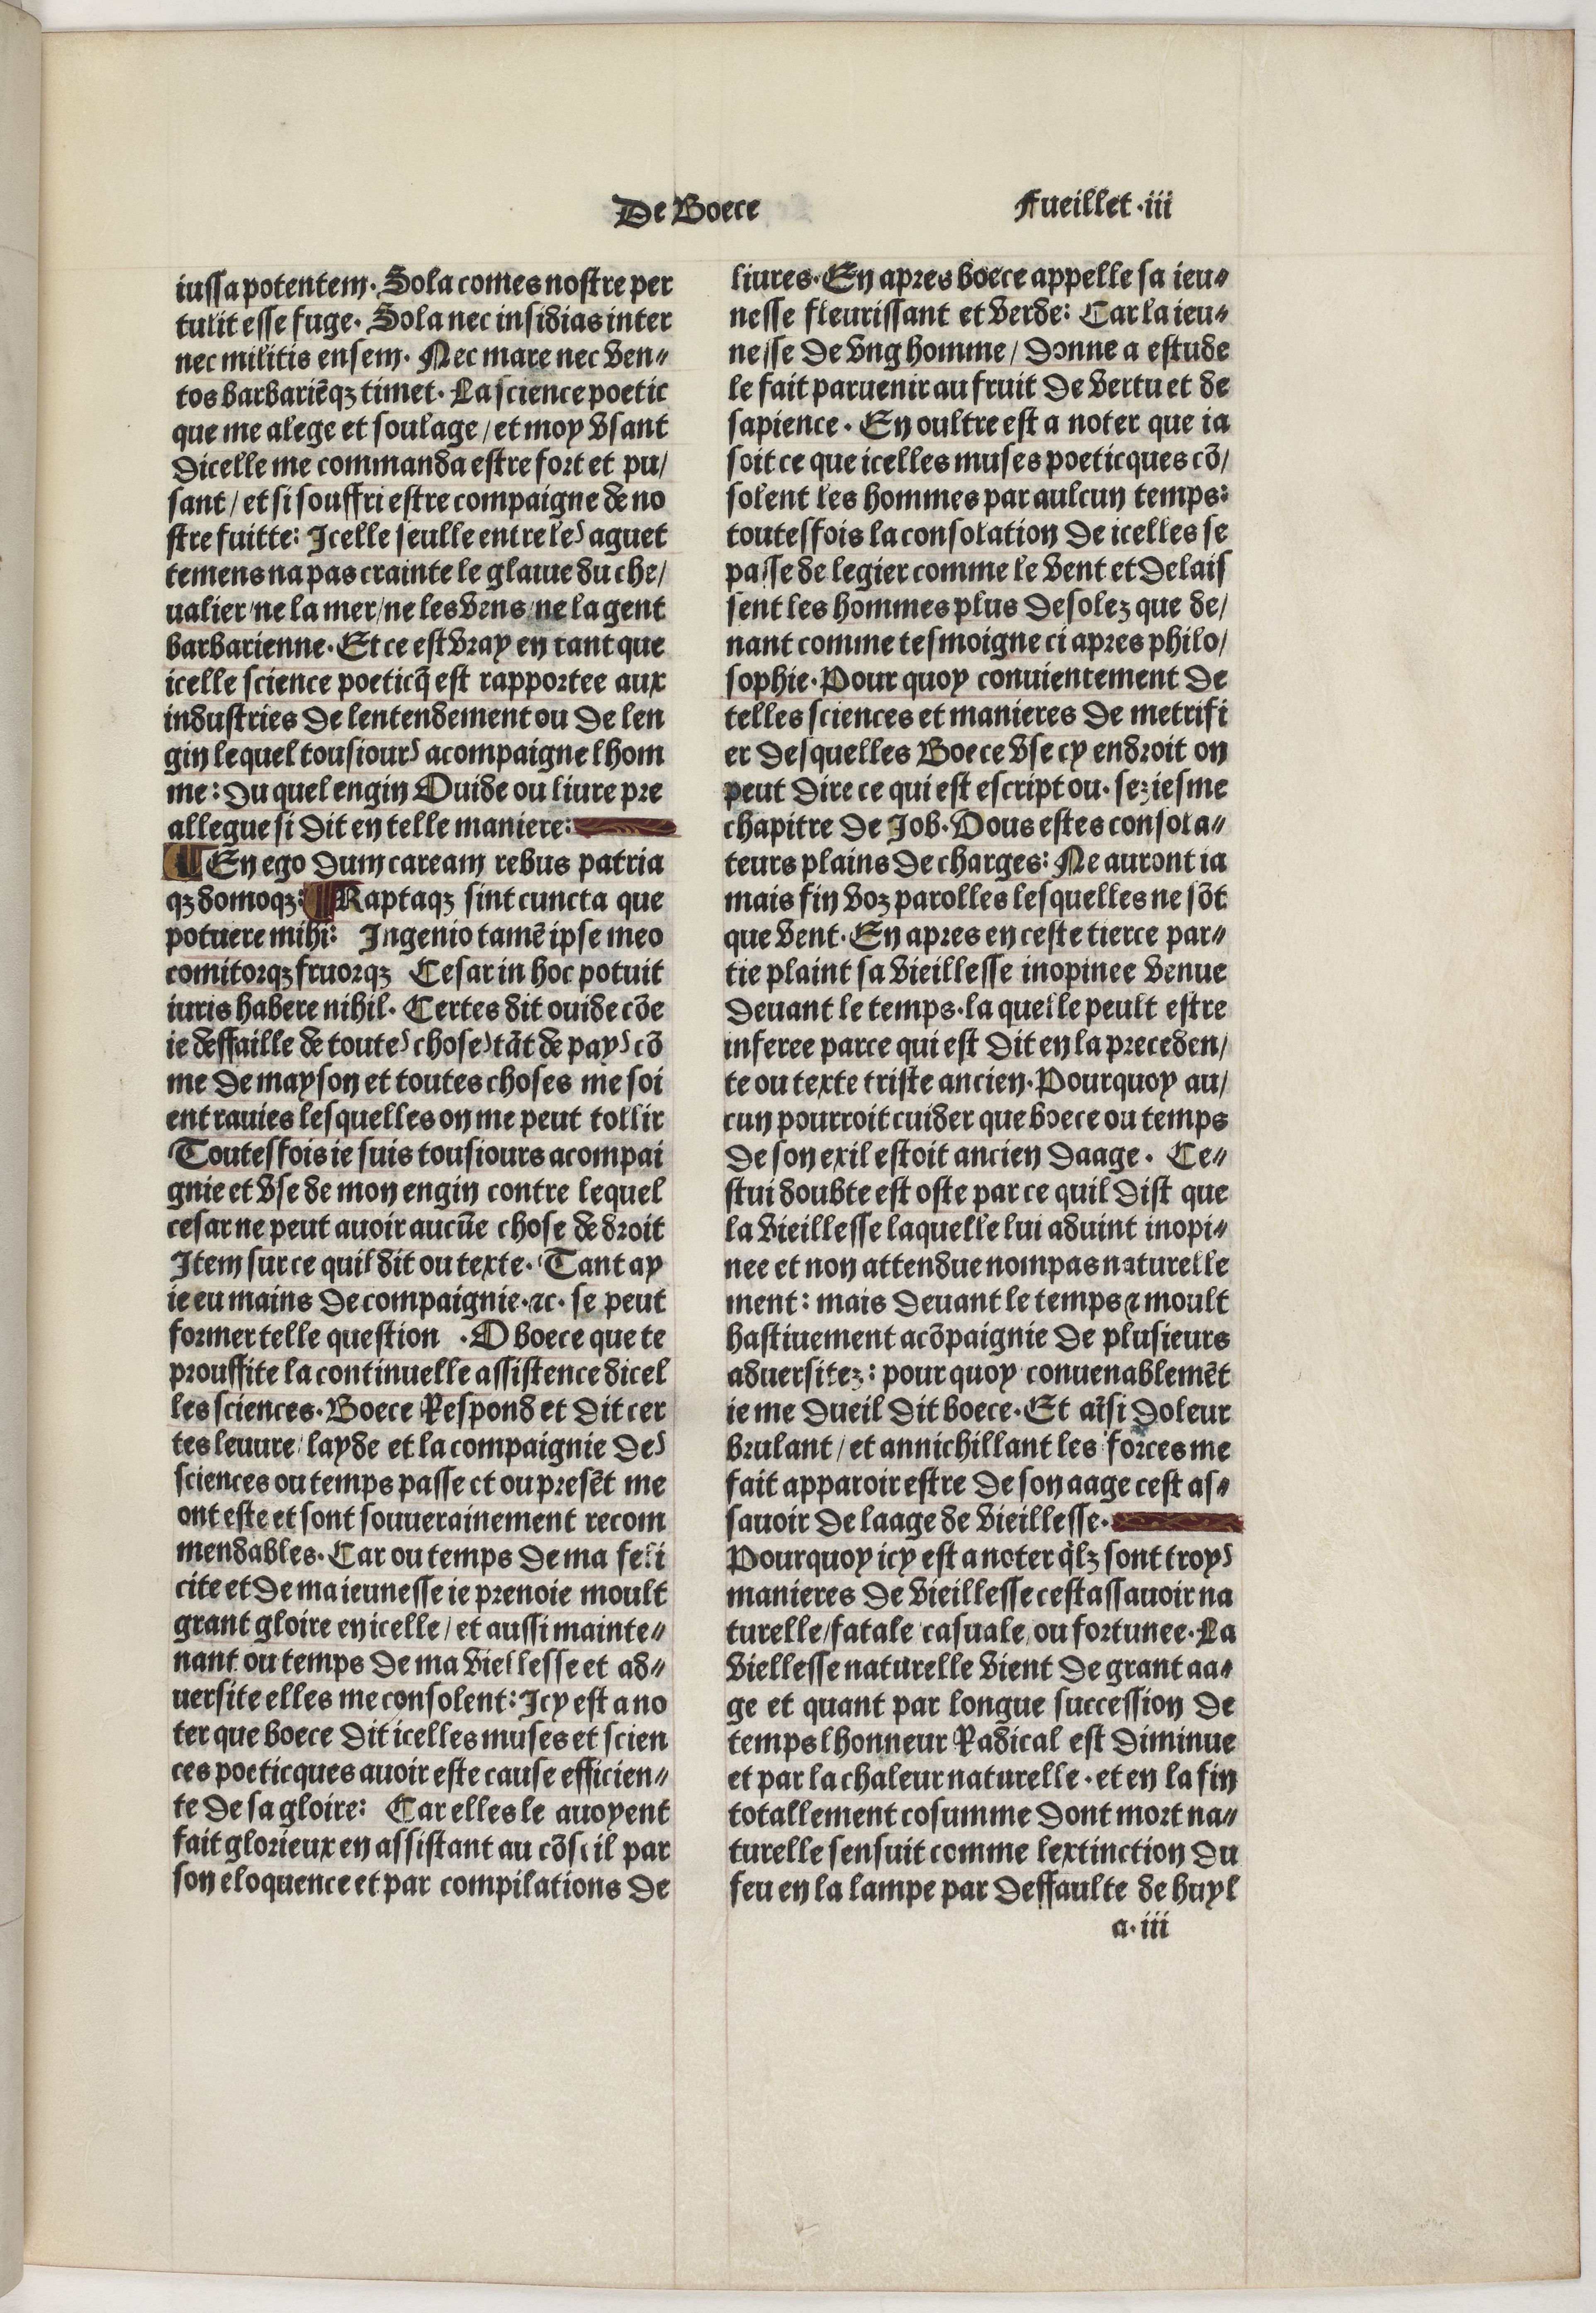
Shelfmark: Paris, BnF, Velins 488
Century: 15